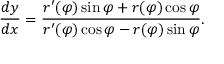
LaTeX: { \frac { d y } { d x } } = { \frac { r ^ { \prime } ( \varphi ) \sin \varphi + r ( \varphi ) \cos \varphi } { r ^ { \prime } ( \varphi ) \cos \varphi - r ( \varphi ) \sin \varphi } } .